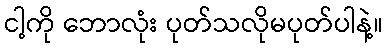
ငါ့ကို ဘောလုံး ပုတ်သလိုမပုတ်ပါနဲ့။